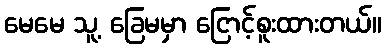
မေမေ သူ့ ခြေမမှာ ငြောင့်စူးထားတယ်။